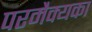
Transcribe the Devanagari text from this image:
परमैक्यका